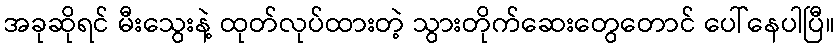
အခုဆိုရင် မီးသွေးနဲ့ ထုတ်လုပ်ထားတဲ့ သွားတိုက်ဆေးတွေတောင် ပေါ်နေပါပြီ။